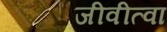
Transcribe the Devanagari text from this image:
जीवीत्वा